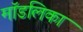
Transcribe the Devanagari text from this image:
मॉडलिका